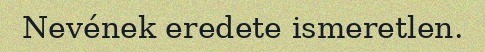
Nevének eredete ismeretlen.